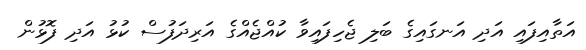
އަތާއިފައި އަދި އަނގައިގެ ބަލި ޖެހިފައިވާ ކުއްޖެއްގެ އަރިދަފުސް ކުޅު އަދި ފޮޅުން